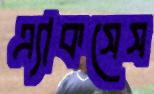
এ্যাকসেস